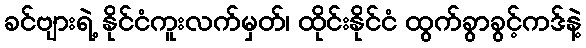
ခင်ဗျားရဲ့ နိုင်ငံကူးလက်မှတ်၊ ထိုင်းနိုင်ငံ ထွက်ခွာခွင့်ကဒ်နဲ့